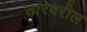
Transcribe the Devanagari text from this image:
तारेवरील